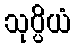
သုပ္ပိယံ